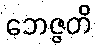
ဘေဇ္ဇတိ